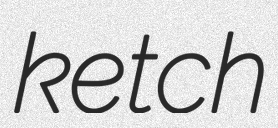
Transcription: ketch